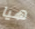
هيا